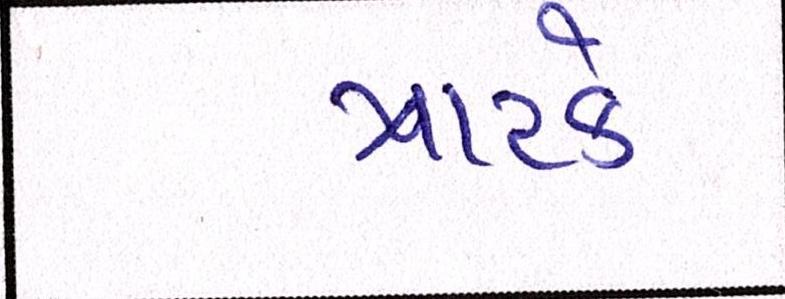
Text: ત્રાટકે